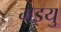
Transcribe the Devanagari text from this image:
मेइयु